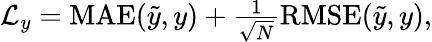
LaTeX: \begin{array}{r}{\mathcal{L}_{y}=\mathrm{MAE}(\tilde{y},y)+\frac{1}{\sqrt{N}}\mathrm{RMSE}(\tilde{y},y),}\end{array}